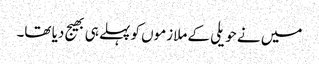
میں نے حویلی کے ملازموں کو پہلے ہی بھیج دیا تھا۔